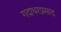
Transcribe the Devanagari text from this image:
गदाधरप्रसाद